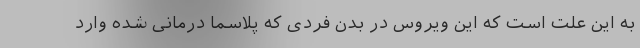
به این علت است که این ویروس در بدن فردی که پلاسما درمانی شده وارد